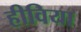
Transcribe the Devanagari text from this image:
हीविया